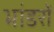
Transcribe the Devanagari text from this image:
भांडरों